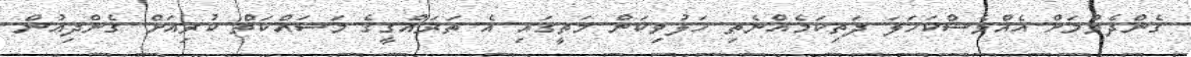
ގެންދެވުމަށް އެއްވެސްކަހަލަ ދަތިކަމެއްނެތި ހަލުވިކަން މަތީގައި އެ ތަރައްގީގެ މަސައްކަތް ކުރިއަށް ގެންދިއުން